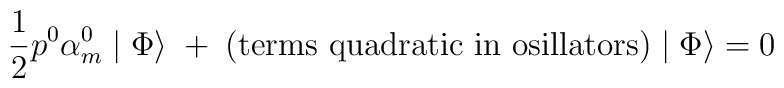
\frac{1}{2} p^{0} \alpha_{m}^{0} \mid \Phi \rangle \; + \; {\rm  (terms~quadratic~in~osillators)} \mid \Phi \rangle = 0